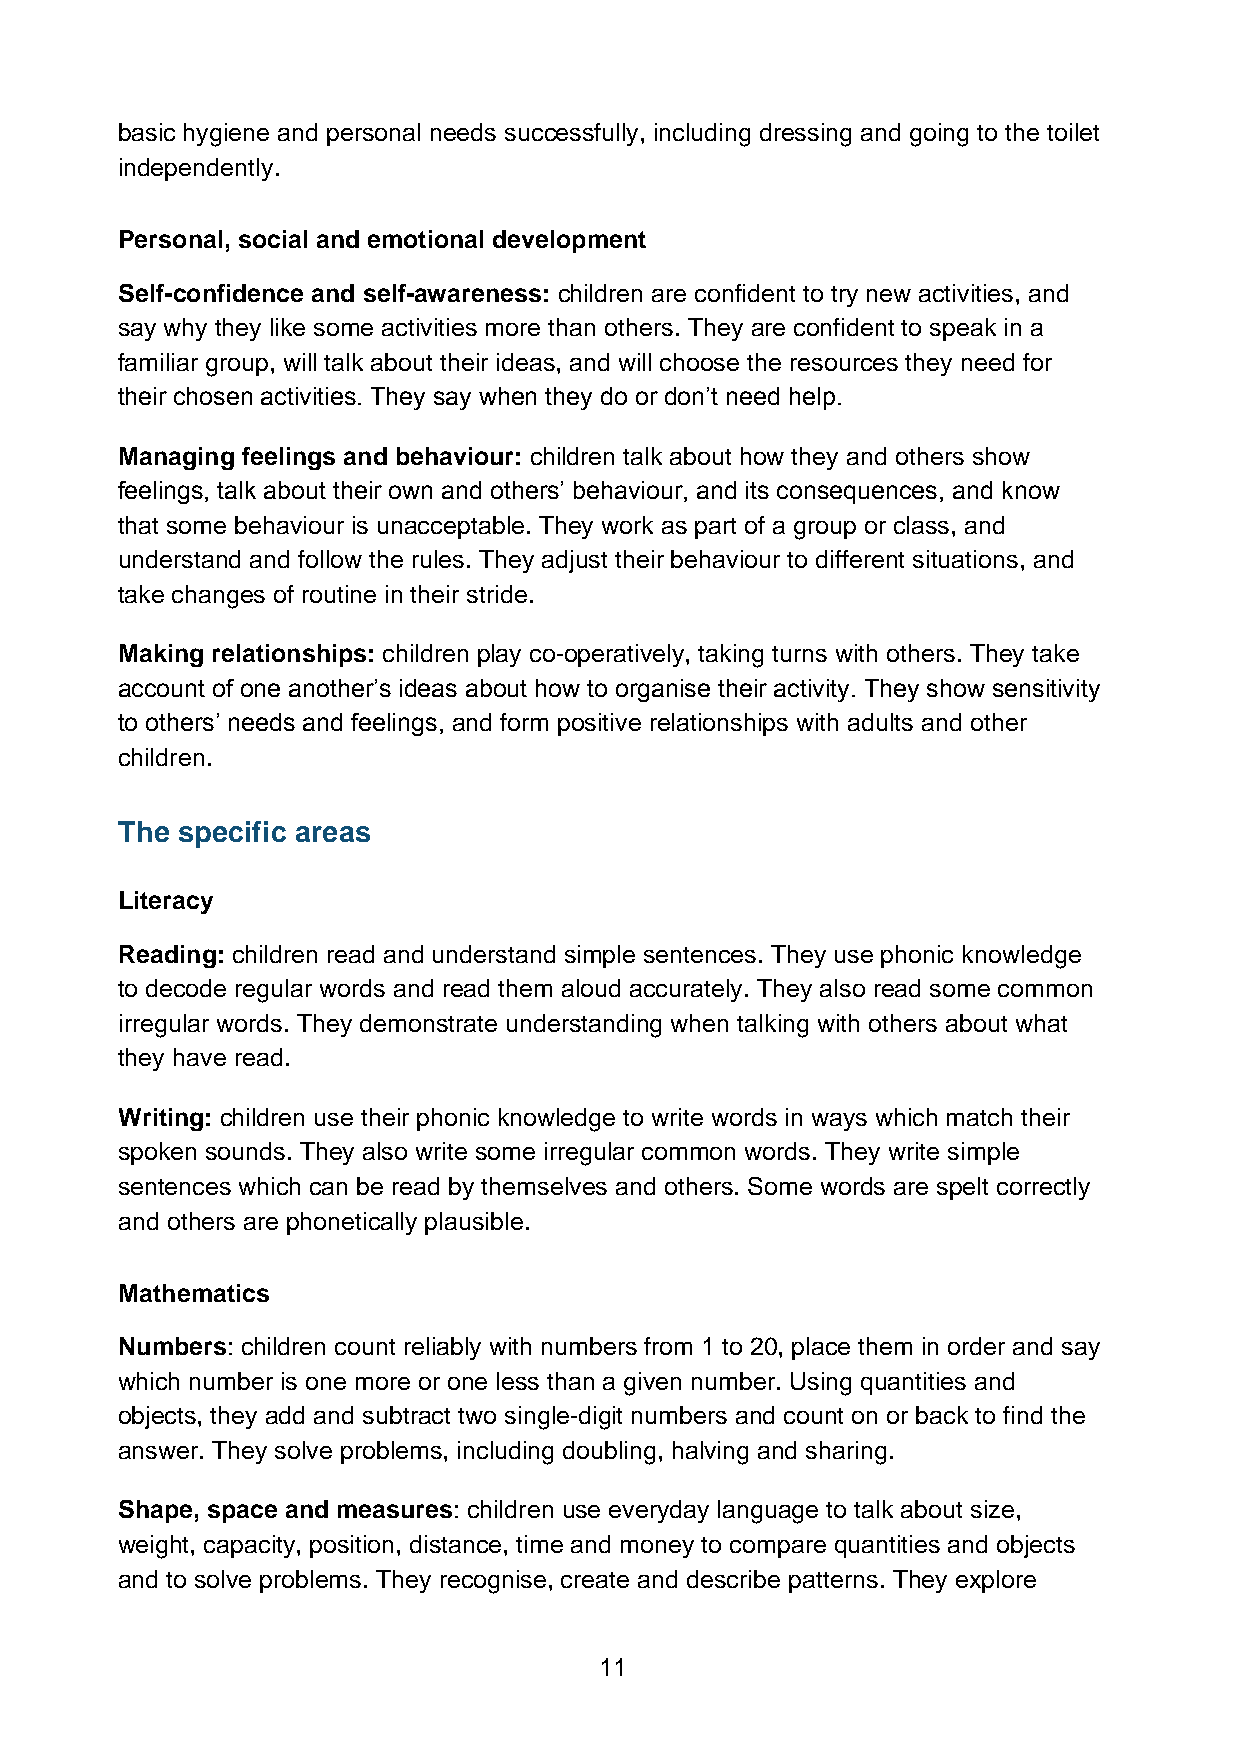
basic hygiene and personal needs successfully, including dressing and going to the toilet
 independently.
 Personal, social and emotional development
 Self-confidence and self-awareness: children are confident to try new activities, and
 say why they like some activities more than others. They are confident to speak in a
 familiar group, will talk about their ideas, and will choose the resources they need for
 their chosen activities. They say when they do or don’t need help.
 Managing feelings and behaviour: children talk about how they and others show
 feelings, talk about their own and others’ behaviour, and its consequences, and know
 that some behaviour is unacceptable. They work as part of a group or class, and
 understand and follow the rules. They adjust their behaviour to different situations, and
 take changes of routine in their stride.
 Making relationships: children play co-operatively, taking turns with others. They take
 account of one another’s ideas about how to organise their activity. They show sensitivity
 to others’ needs and feelings, and form positive relationships with adults and other
 children.
 The specific areas
 Literacy
 Reading: children read and understand simple sentences. They use phonic knowledge
 to decode regular words and read them aloud accurately. They also read some common
 irregular words. They demonstrate understanding when talking with others about what
 they have read.
 Writing: children use their phonic knowledge to write words in ways which match their
 spoken sounds. They also write some irregular common words. They write simple
 sentences which can be read by themselves and others. Some words are spelt correctly
 and others are phonetically plausible.
 Mathematics
 Numbers: children count reliably with numbers from 1 to 20, place them in order and say
 which number is one more or one less than a given number. Using quantities and
 objects, they add and subtract two single-digit numbers and count on or back to find the
 answer. They solve problems, including doubling, halving and sharing.
 Shape, space and measures: children use everyday language to talk about size,
 weight, capacity, position, distance, time and money to compare quantities and objects
 and to solve problems. They recognise, create and describe patterns. They explore
 11